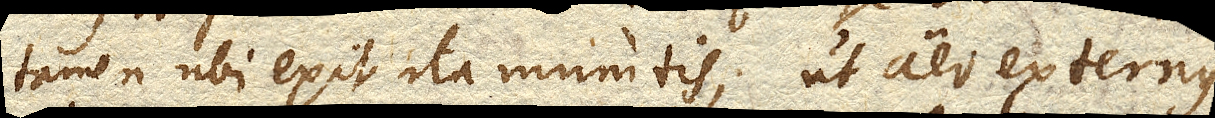
tamen ubi exit ita munitis, ut aer externus